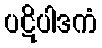
ပဋိပါဒကံ